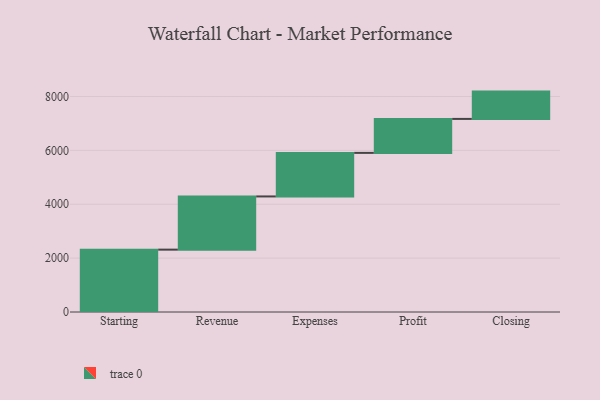
{"axis": {"x": "Step", "y": "Value"}, "legend": [""], "data": [{"x": "Starting", "y": 2315.0, "type": ""}, {"x": "Revenue", "y": 1975.0, "type": ""}, {"x": "Expenses", "y": 1617.0, "type": ""}, {"x": "Profit", "y": 1261.0, "type": ""}, {"x": "Closing", "y": 1014.0, "type": ""}]}